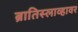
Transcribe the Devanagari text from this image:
ब्रातिस्लाव्हावर